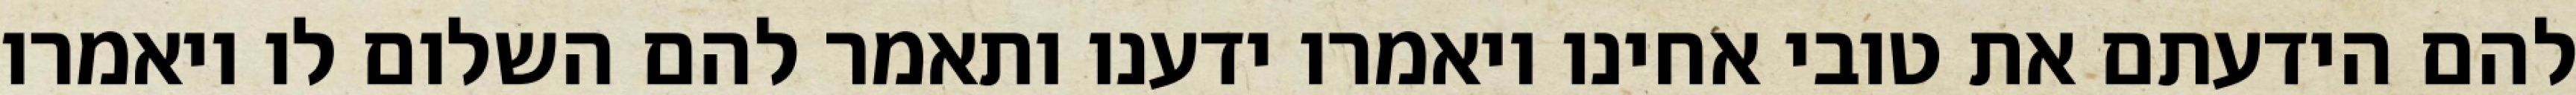
להם הידעתם את טובי אחינו ויאמרו ידענו ותאמר להם השלום לו ויאמרו